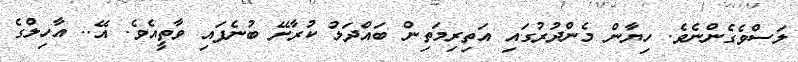
ލަސްވެގެންނެވެ. ހިޔާން މެންދުރުގައި އަތިރިމަތިން ބައްދަލު ކުރާށޭ ބުނެފައި ވާތީއެވެ. އޭ.. އާހިލްގެ